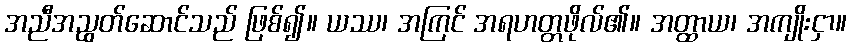
အညီအညွတ်ဆောင်သည် ဖြစ်၍။ ယဿ၊ အကြင် အရဟတ္တဖိုလ်၏။ အတ္ထာယ၊ အကျိုးငှာ။